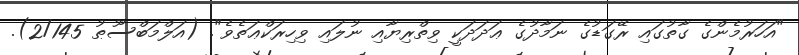
"އަހަރުމެންގެ ގާތުގައި ރޭގަޑުގެ ނަމާދުގެ ޢަދަދަކީ ވިތްރިޔާއި ނުލައި ވިހިރަކްޢަތެވެ". (އަލްމަބްސޫޠު 2/145).